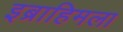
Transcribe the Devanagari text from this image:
इब्राहिमला